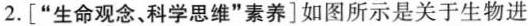
2.[”生命观念、科学思维”素养]如图所示是关于生物进